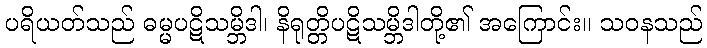
ပရိယတ်သည် ဓမ္မပဋိသမ္ဘိဒါ၊ နိရုတ္တိပဋိသမ္ဘိဒါတို့၏ အကြောင်း။ သဝနသည်